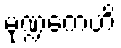
မုဏ္ဍကေဟိ